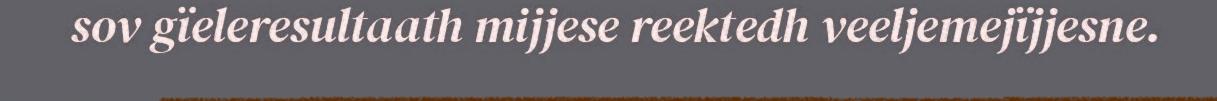
sov gïeleresultaath mijjese reektedh veeljemejïjjesne.